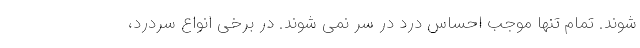
شوند. تمام تنها موجب احساس درد در سر نمی شوند. در برخی انواع سردرد،